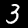
Label: 3